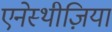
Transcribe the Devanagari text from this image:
एनेस्थीज़िया